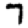
Digit: 7